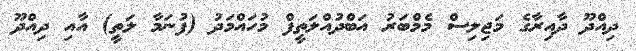
ދިއްދޫ ދާއިރާގެ މަޖިލިސް މެމްބަރު އަބްދުއްލަތީފް މުހައްމަދު (ފުނަމާ ލަތީ) އާއި ދިއްދޫ